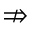
\nRightarrow